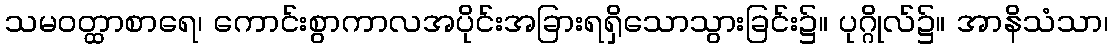
သမဝတ္ထာစာရေ၊ ကောင်းစွာကာလအပိုင်းအခြားရရှိသောသွားခြင်း၌။ ပုဂ္ဂိုလ်၌။ အာနိသံသာ၊